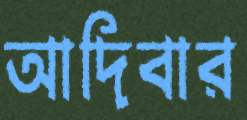
আদিবার